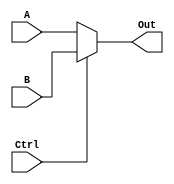
module mux_32bit( A , B, Ctrl, Out);

    parameter bit_size = 32;

	input  [bit_size-1:0] A , B;
	input  Ctrl;
	output [bit_size-1:0] Out;

	assign Out = (Ctrl) ? B : A; //If Ctrl = 0 Out = A else  Ctrl = 1 Out = B
	
endmodule